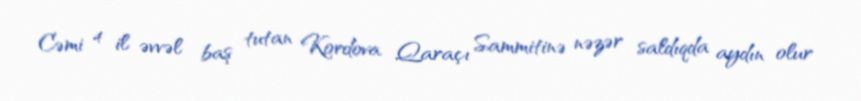
Cəmi 4 il əvvəl baş tutan Kordova Qaraçı Sammitinə nəzər saldıqda aydın olur